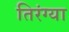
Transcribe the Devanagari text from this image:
तिरंग्या